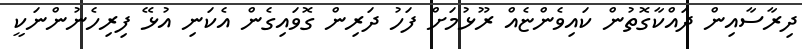
ދިރާސާއިން ދައްކާގޮތުން ކައިވެންޏެއް ރޫޅުމަށް ފަހު ދަރިން ގޮވައިގެން އެކަނި އުޅޭ ފިރިހެނުންނަކީ